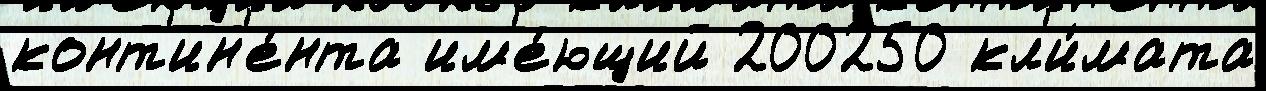
конт'ин'е́нта им'е́ющий 200250 кл'и́мата